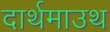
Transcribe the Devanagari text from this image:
दार्थमाउथ